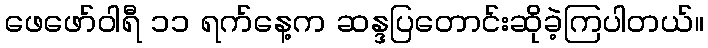
ဖေဖော်ဝါရီ ၁၁ ရက်နေ့က ဆန္ဒပြတောင်းဆိုခဲ့ကြပါတယ်။